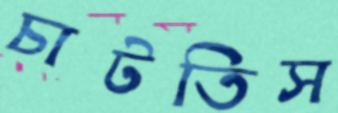
চাটতিস